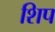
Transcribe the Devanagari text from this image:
शिप